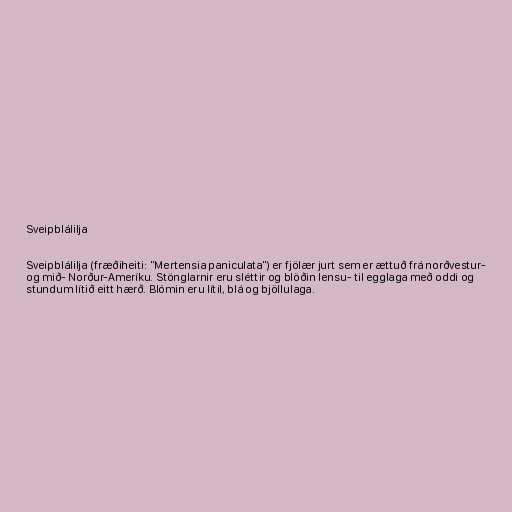
Sveipblálilja

Sveipblálilja (fræðiheiti: "Mertensia paniculata") er fjölær jurt sem er ættuð frá norðvestur-
og mið- Norður-Ameríku. Stönglarnir eru sléttir og blöðin lensu- til egglaga með oddi og
stundum lítið eitt hærð. Blómin eru lítil, blá og bjöllulaga.